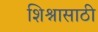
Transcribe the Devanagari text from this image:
शिश्नासाठी